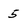
Character: 5